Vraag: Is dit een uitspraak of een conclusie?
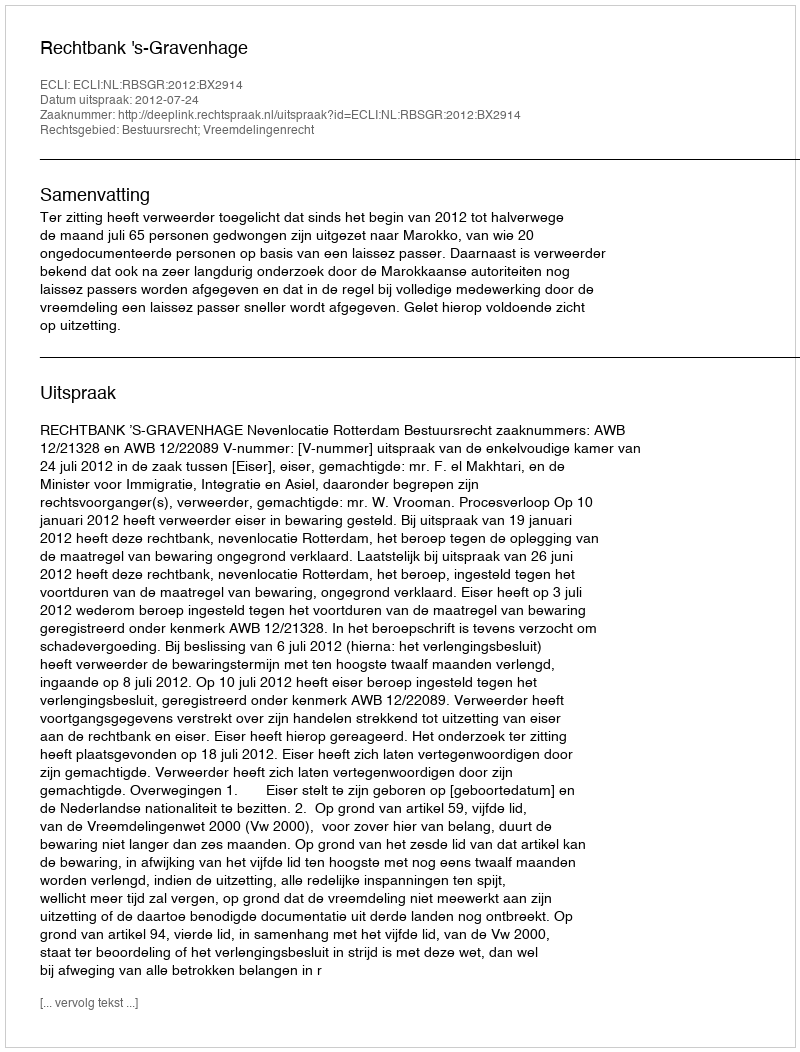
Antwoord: Uitspraak